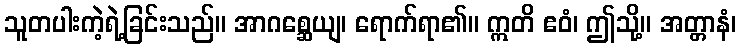
သူတပါးကဲ့ရဲ့ခြင်းသည်။ အာဂစ္ဆေယျ၊ ရောက်ရာ၏။ ဣတိ ဧဝံ၊ ဤသို့။ အတ္တာနံ၊